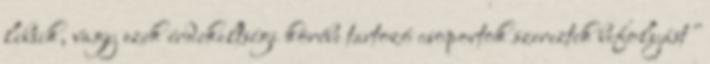
libsik, vagy ezek érdekeltségi körébe tartozó csoportok szereztek befolyást"